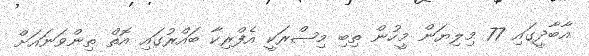
އާބާދީީގައި 77 މިލިޔަން މީހުން ތިބި މިޞްރަކީ އެފްރިކާ ބައްރުގައި އޮތް ތިންވަނައަށް